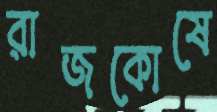
রাজকোষে